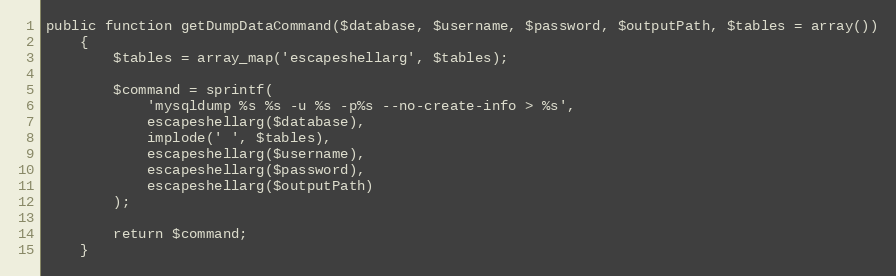
Language: PHP
public function getDumpDataCommand($database, $username, $password, $outputPath, $tables = array())
    {
        $tables = array_map('escapeshellarg', $tables);

        $command = sprintf(
            'mysqldump %s %s -u %s -p%s --no-create-info > %s',
            escapeshellarg($database),
            implode(' ', $tables),
            escapeshellarg($username),
            escapeshellarg($password),
            escapeshellarg($outputPath)
        );

        return $command;
    }